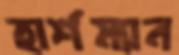
হার্শম্যান